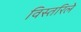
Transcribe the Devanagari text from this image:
विस्तरिले